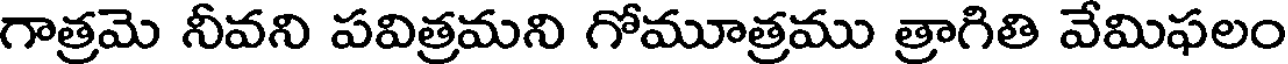
గాత్రమె నీవని పవిత్రమని గోమూత్రము త్రాగితి వేమిఫలం